65_HS1-834228961_62-HQ-83894_Section_6
Agency: FBI
Page 83
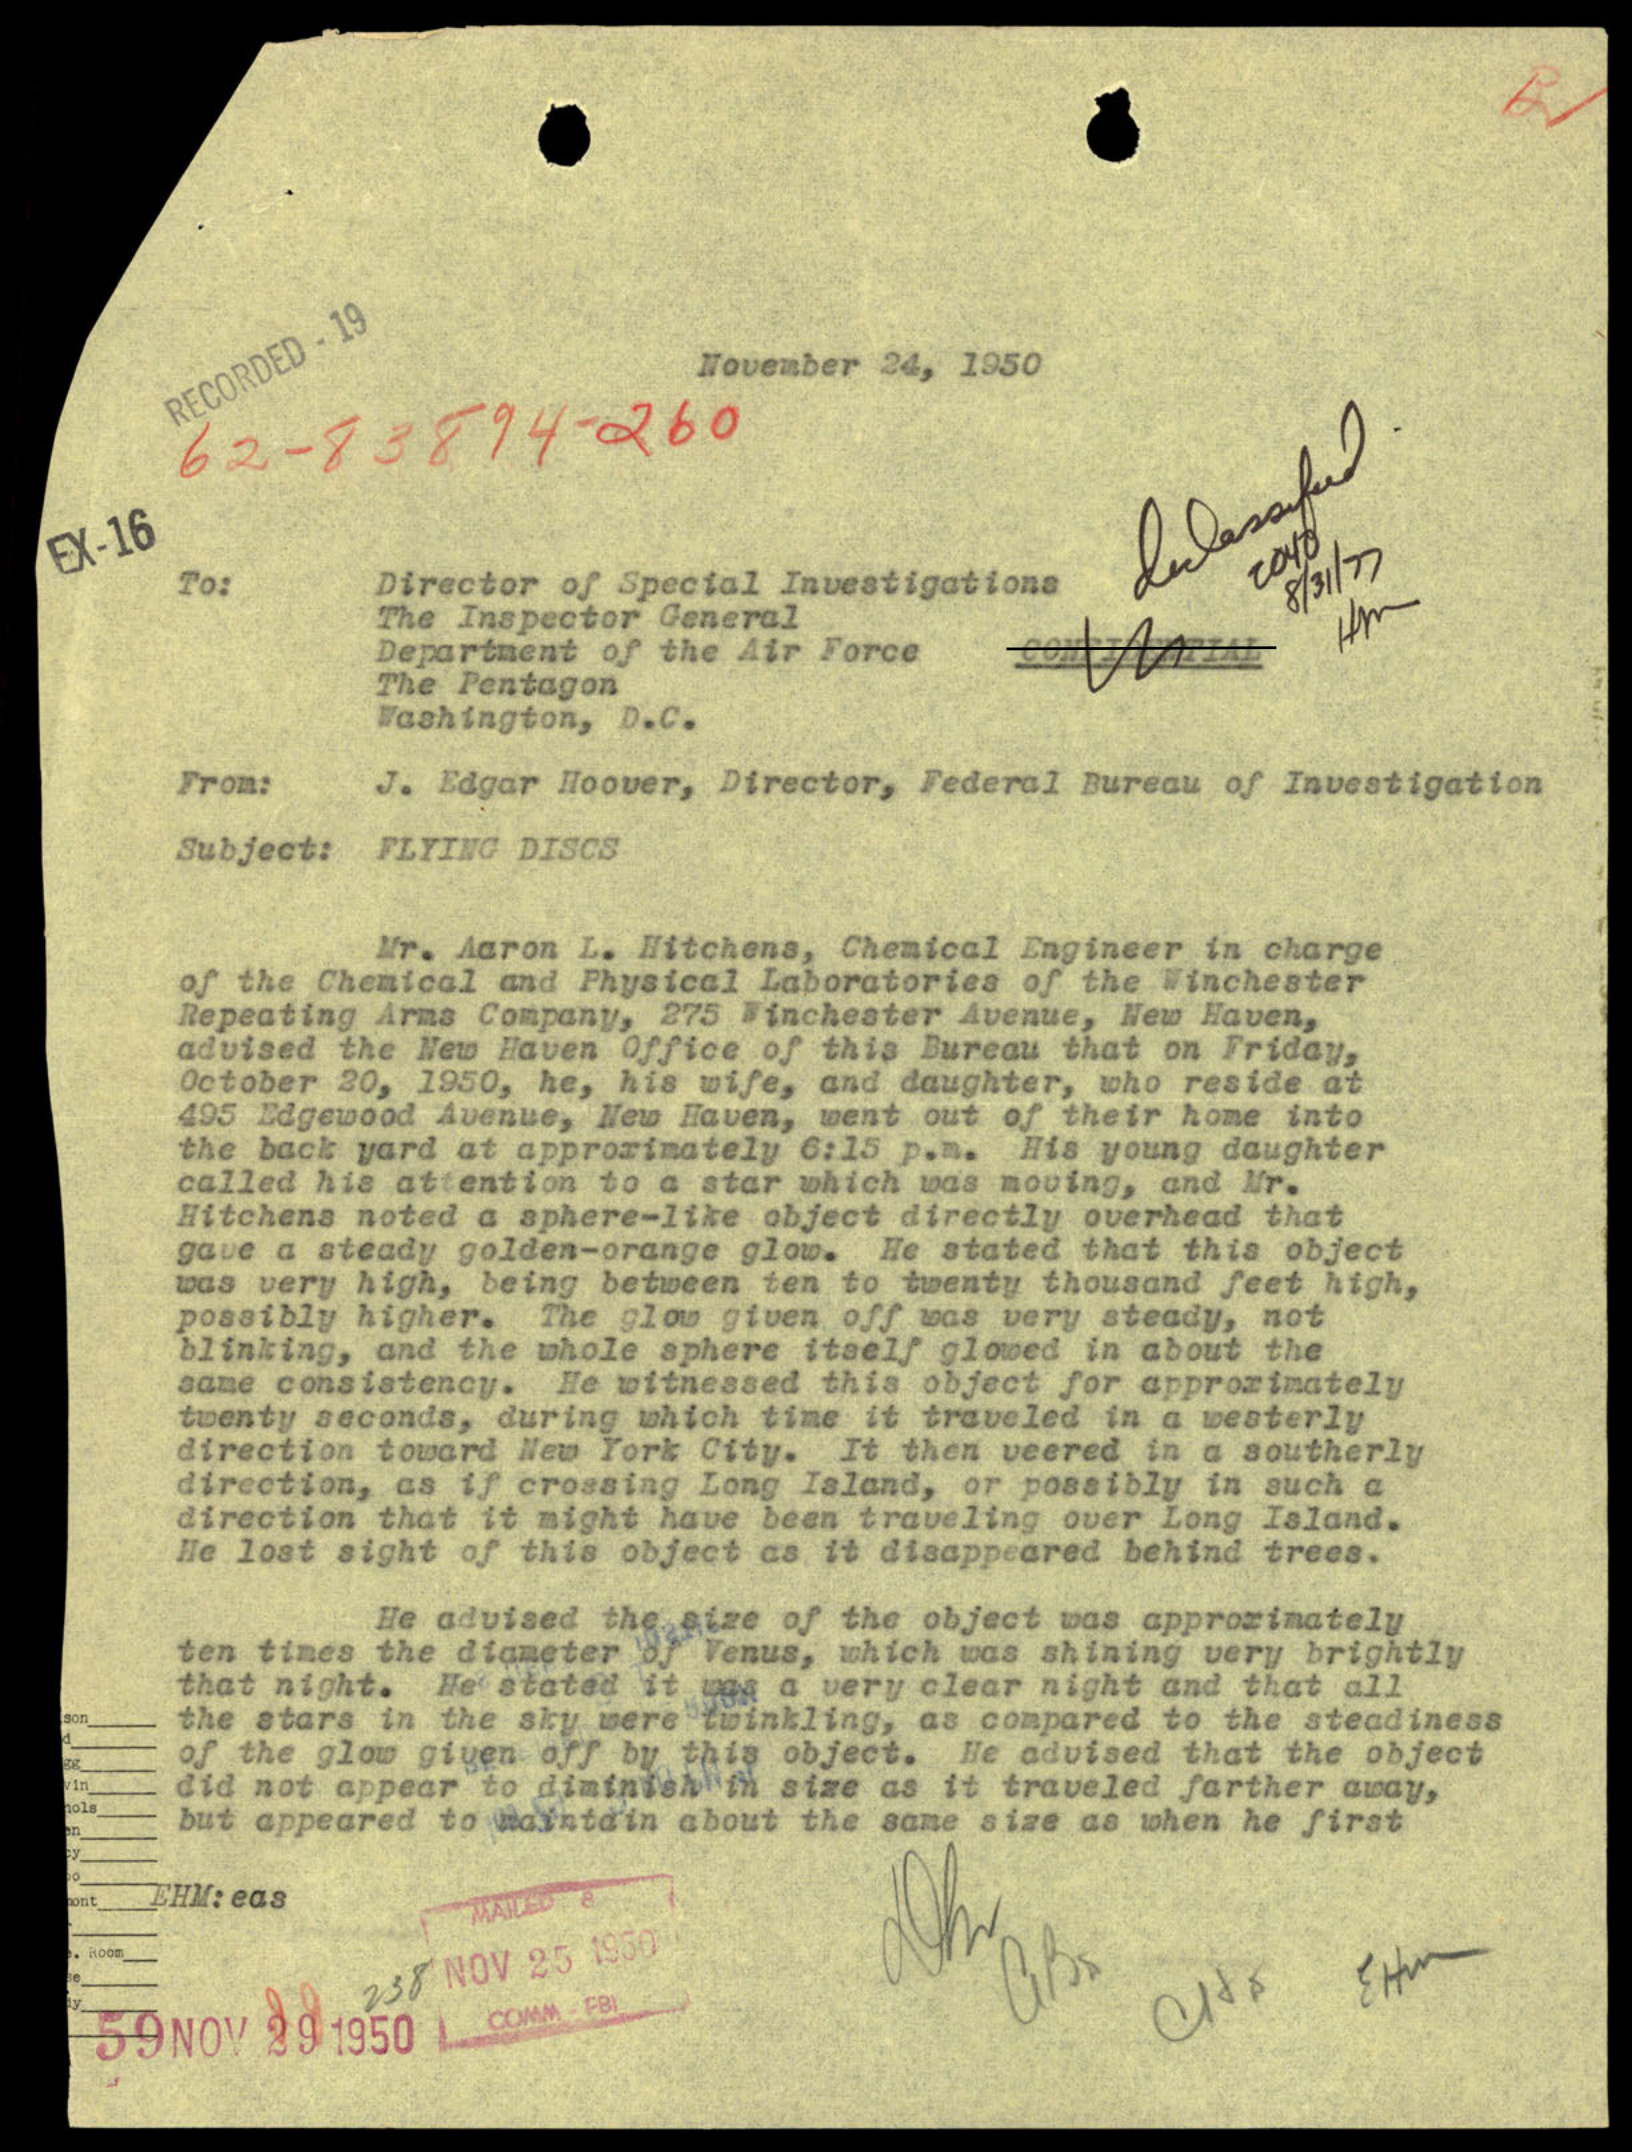